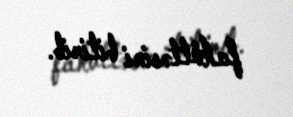
fakültəsini bitirib.